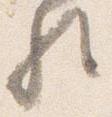
歟